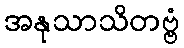
အနုသာသိတဗ္ဗံ